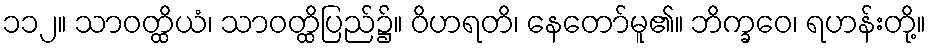
၁၁၂။ သာဝတ္ထိယံ၊ သာဝတ္ထိပြည်၌။ ဝိဟရတိ၊ နေတော်မူ၏။ ဘိက္ခဝေ၊ ရဟန်းတို့။